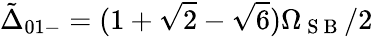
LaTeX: \tilde{\Delta}_{01-}=(1+\sqrt{2}-\sqrt{6})\Omega_{\mathrm{~S~B~}}/2